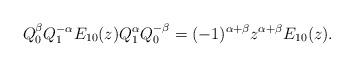
LaTeX: \begin{gather*}Q_{0}^{\beta}Q_{1}^{-\alpha}E_{10}(z)Q_{1}^{\alpha}Q_{0}^{-\beta}=(-1)^{\alpha+\beta}z^{\alpha+\beta}E_{10}(z).\end{gather*}